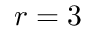
r = 3